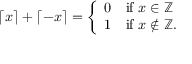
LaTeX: \lceil x \rceil + \lceil - x \rceil = { \left\{ \begin{array} { l l } { 0 } & { { \mathrm { i f ~ } } x \in \mathbb { Z } } \\ { 1 } & { { \mathrm { i f ~ } } x \not \in \mathbb { Z } . } \end{array} \right. }